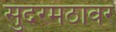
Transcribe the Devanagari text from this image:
सुंदरमठावर